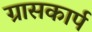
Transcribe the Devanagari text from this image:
ग्रासकार्प